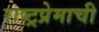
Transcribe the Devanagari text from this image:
राष्ट्रप्रेमाची